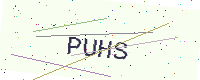
Text: PUHS